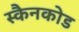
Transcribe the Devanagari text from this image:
स्कैनकोड